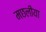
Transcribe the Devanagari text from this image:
मछलीया